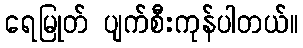
ရေမြုတ် ပျက်စီးကုန်ပါတယ်။